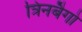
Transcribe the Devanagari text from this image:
त्रिनबैगो